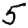
Digit: 5